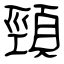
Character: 頸